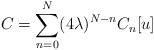
\begin{align*}C = \sum_{n=0}^{N} (4\lambda)^{N-n} C_{n}[u]\end{align*}